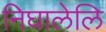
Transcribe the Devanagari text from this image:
निघालेलि